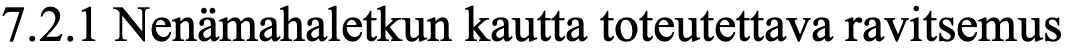
7.2.1 Nenämahaletkun kautta toteutettava ravitsemus